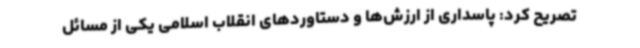
تصریح کرد: پاسداری از ارزش‌ها و دستاوردهای انقلاب اسلامی یکی از مسائل